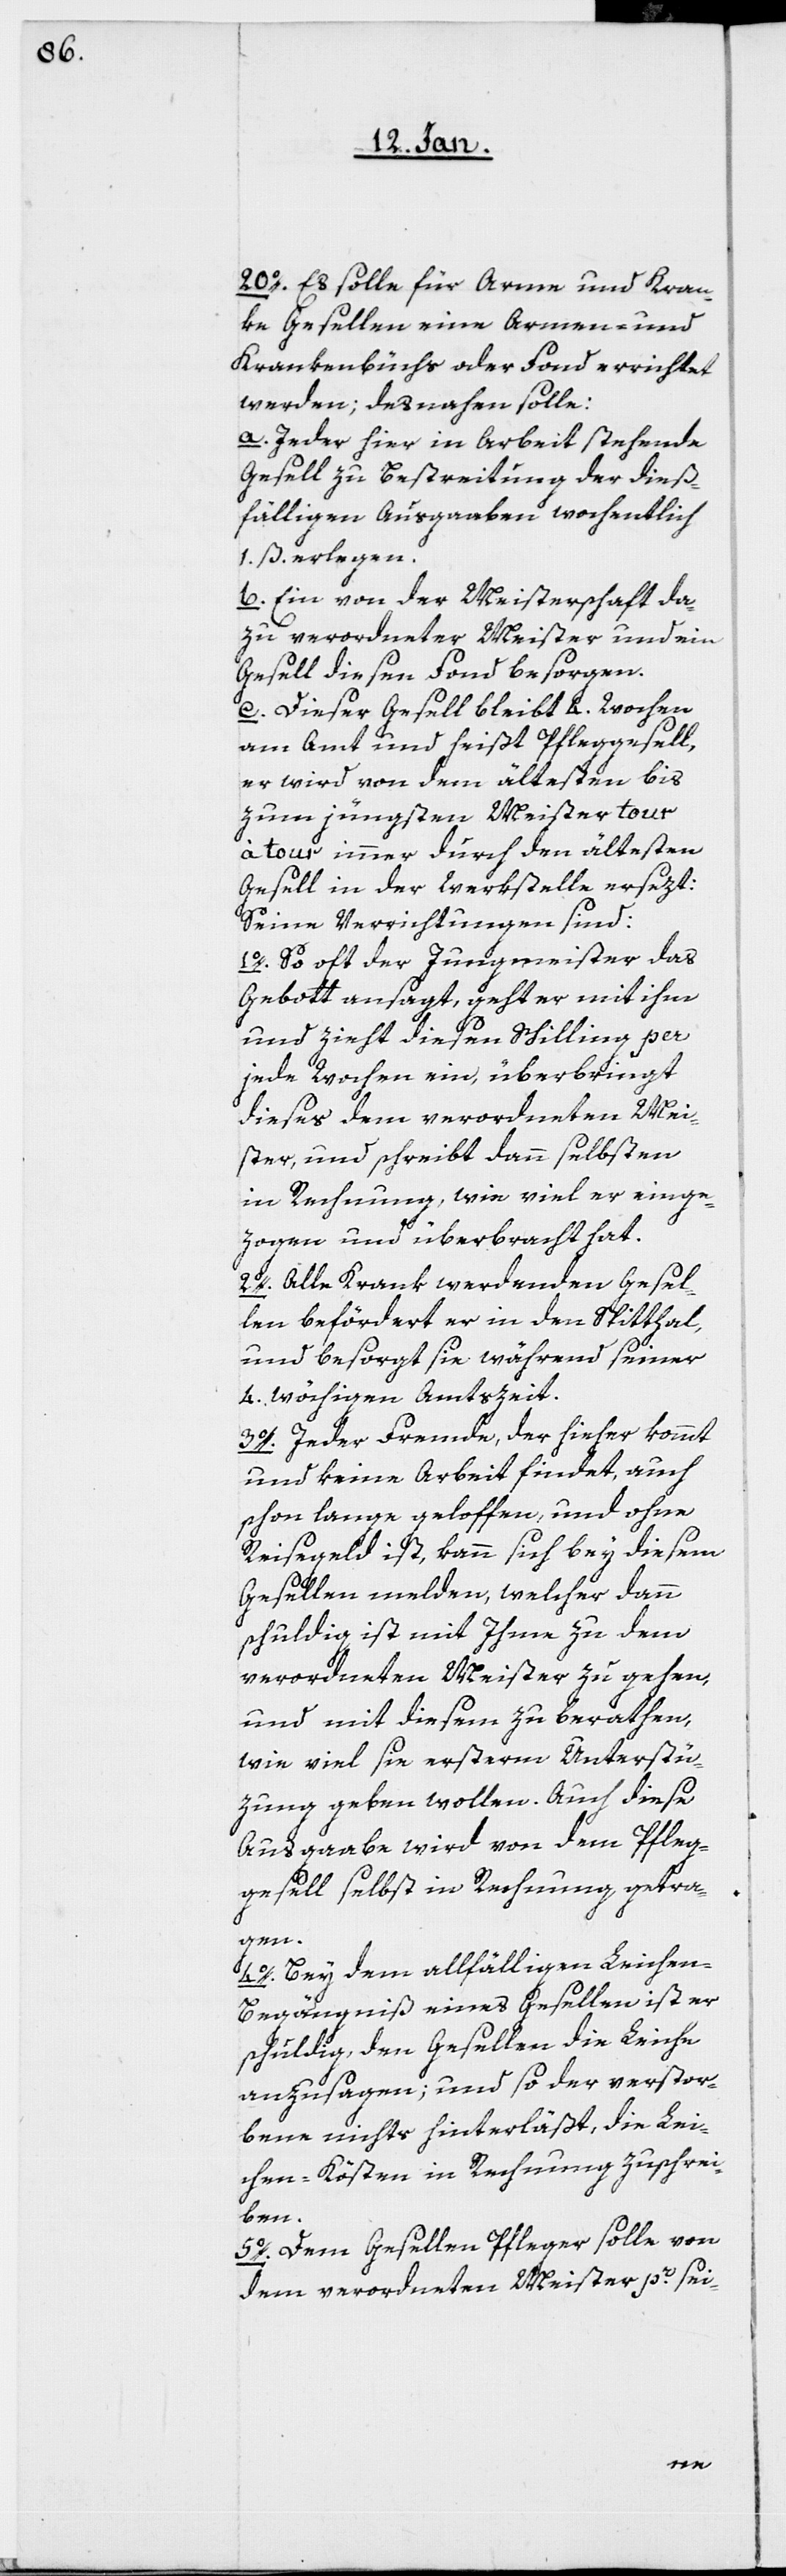
20o. Es solle für Arme und Kran¬
ke Gesellen eine Armen- und
Krankenbüchs oder Fond errichtet
werden; desnahen solle:
a. Jeder hier in Arbeit stehende
Gesell zu Bestreitung der dieß¬
fälligen Ausgaaben wochentlich
1. ß. erlegen.
b. Ein von der Meisterschaft da¬
zu verordneter Meister und ein
Gesell diesen Fonds besorgen.
c. Dieser Gesell bleibt 4. Wochen
am Amt und heißt Pfleggesell,
er wird von dem ältesten bis
zum jüngsten Meister tour
tour immer durch den ältesten
Gesell in der Werkstelle ersetzt;
Seine Verrichtungen sind:
1o. So oft der Jungmeister das
Gebott ansagt, geht er mit ihm
und zieht diesen Schilling per
jede Wochen ein, überbringt
dieses dem verordneten Mei¬
ster, und schreibt dann selbsten
in Rechnung, wie viel er einge¬
zogen und überbracht hat.
2o. Alle Krank werdenden Gesel¬
len befördert er in den Spitthal,
und besorgt sie während seiner
4. wöchigen Amtszeit.
3o. Jeder Fremde, der hieher kommt
und keine Arbeit findet, auch
schon lange geloffen und ohne
Reisegeld ist, kann sich bey diesem
Gesellen melden, welcher dann
schuldig ist, mit Ihme zu dem
verordneten Meister zu gehen,
und mit diesem zu berathen,
wie viel sie ersterm Unterstü¬
zung geben wollen. Auch diese
Ausgaabe wird von dem Pfleg¬
gesell selbst in Rechnung getra¬
gen.
4o. Bey dem allfälligen Leichen-B¬
egängniß eines Gesellen ist er
schuldig, den Gesellen die Leiche
anzusagen; und so der verstor¬
bene nichts hinterläßt, die Lei¬
chen-Kösten in Rechnung zu schrei¬
ben.
5o. Dem Gesellen Pfleger solle von
dem verordneten Meister pr. sei-